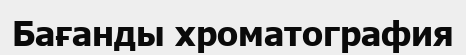
Бағанды хроматография